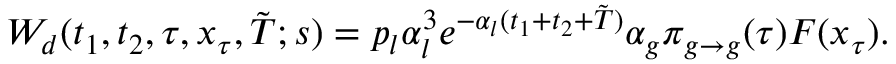
\begin{array} { r } { { \cal W } _ { d } ( t _ { 1 } , t _ { 2 } , \tau , x _ { \tau } , \tilde { T } ; s ) = p _ { l } \alpha _ { l } ^ { 3 } e ^ { - \alpha _ { l } ( t _ { 1 } + t _ { 2 } + \tilde { T } ) } \alpha _ { g } \pi _ { g \to g } ( \tau ) { \cal F } ( x _ { \tau } ) . } \end{array}